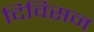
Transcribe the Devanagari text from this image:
दिविसन